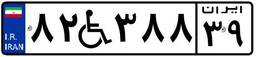
۸۲W۳۸۸۳۹